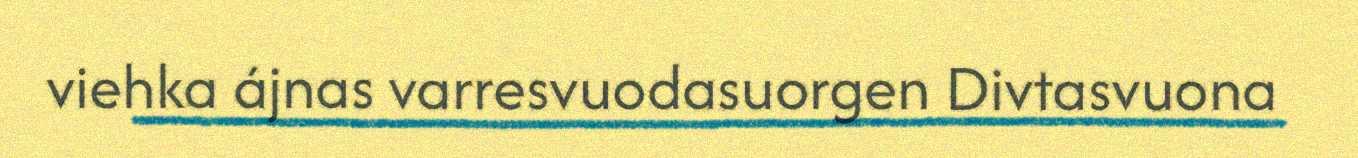
viehka ájnas varresvuodasuorgen Divtasvuona